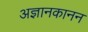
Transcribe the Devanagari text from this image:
अज्ञानकानन